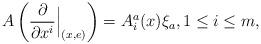
LaTeX: \begin{align*}A\left(\frac{\partial }{\partial x^i}\Big|_{{(x,e)}}\right)=A_i^a(x)\xi_a, 1\leq i \leq m,\end{align*}